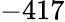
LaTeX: -417